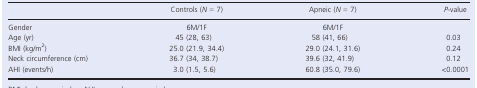
|  | Controls (N = 7) | Apneic (N = 7) | P‐value |
 | --- | --- | --- | --- |
 | Gender | 6M/1F | 6M/1F |  |
 | Age (yr) | 45 (28, 63) | 58 (41, 66) | 0.03 |
 | BMI (kg/m2) | 25.0 (21.9, 34.4) | 29.0 (24.1, 31.6) | 0.24 |
 | Neck circumference (cm) | 36.7 (34, 38.7) | 39.6 (32, 41.9) | 0.12 |
 | AHI (events/h) | 3.0 (1.5, 5.6) | 60.8 (35.0, 79.6) | <0.0001 |